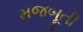
મજબૂતી